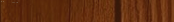
صالون التجميل أناقة: خدما